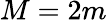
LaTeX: M=2m